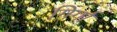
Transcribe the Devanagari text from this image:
गिर्गा